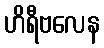
ဟိရီဗလေန